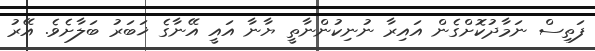
ފަތިސް ނަމާދުކޮށްގެން އައިރާ ނުނިކުންނާތީ ޔާނާ އައީ އޭނާގެ ޚަބަރު ބަލާށެވެ. އޭރު